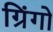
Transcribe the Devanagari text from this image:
ग्रिंगो